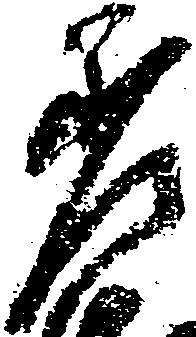
差